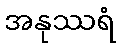
အနုဿရံ